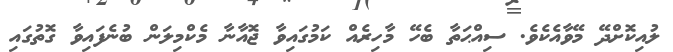
ލުއިކޮށްދޭ މޭވާއެކެވެ. ސިއްޙަތާ ބެހޭ މާހިރެއް ކަމުގައިވާ ޖޮއާނާ މެކްމިލަން ބުނެފައިވާ ގޮތުގައި